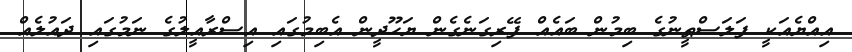
އިއްޔެއަކީ ފަލަސްޠީނުގެ ބިމުން ބައެއް ފޭރިގަނެގެން ޔަހޫދީން އެބިމުގައި އިސްރާއީލުގެ ނަމުގައި ދައުލެއް